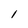
Character: 1